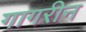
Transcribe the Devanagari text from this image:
गागरीन